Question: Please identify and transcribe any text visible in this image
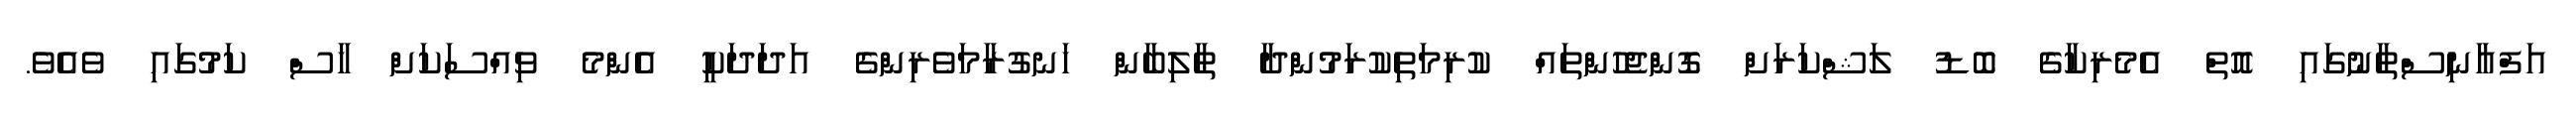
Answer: އަފްޣާނިސްތާނުގައި އޮތް އެމެރިކާގެ ބޮޑު ލަޝްކަރަށް ގޮންޖެހުންތައް ކުރިމަތިކުރަމުންދާ ޠާލިބާން ހަނގުރާމަވެރިންގެ އަދަދަކީ އެންމެ ވިއްސަކަށް ހާސް ކަމުގައި ވެއެވެ.